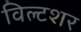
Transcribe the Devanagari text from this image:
विल्टशर